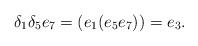
LaTeX: \begin{align*}\delta _{1}\delta _{5}e_{7}=(e_{1}(e_{5}e_{7}))=e_{3}.\end{align*}